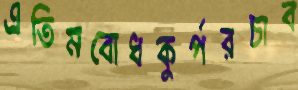
এতিমবোধকুর্পরচাব